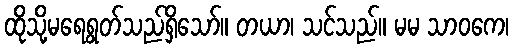
ထိုသို့မရေရွတ်သည်ရှိသော်။ တယာ၊ သင်သည်။ မမ သာဝကေ၊